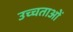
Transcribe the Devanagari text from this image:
उच्चताओं